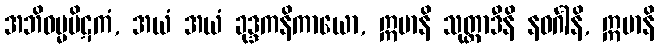
အဘိဓမ္မပိဋကံ, အယံ အယံ ခုဒ္ဒကနိကာယော, ဣမာနိ သုတ္တာဒီနိ နဝင်္ဂါနိ, ဣမာနိ